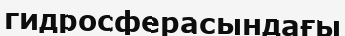
гидросферасындағы